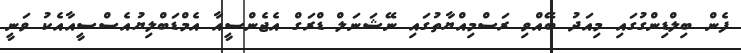
ފެން ބިލްޑިންގުގައި މިއަދު ބޭއްވި ރަސްމިއްޔާތުގައި ނޭޝަނަލް ޑްރަގް އެޖެންސީއާ އެމްޑަބްލިޔުއެސްސީއާއެކު ވަނީ